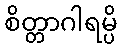
စိတ္တာဂါရမ္ပိ